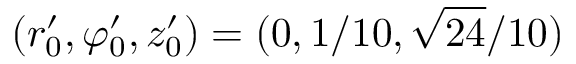
( r _ { 0 } ^ { \prime } , \varphi _ { 0 } ^ { \prime } , z _ { 0 } ^ { \prime } ) = ( 0 , 1 / 1 0 , \sqrt { 2 4 } / 1 0 )